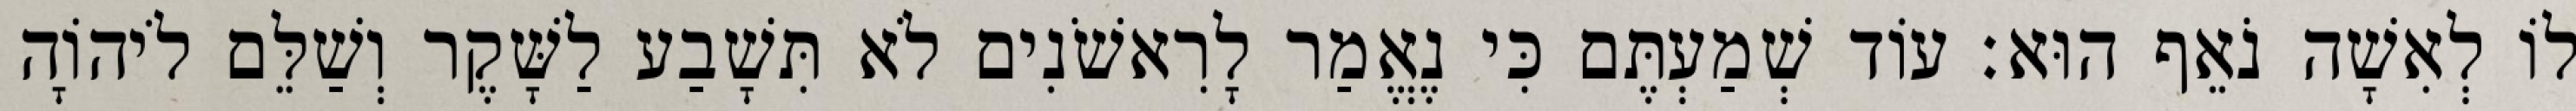
לוֹ לְאִשָׁה נֹאֵף הוּא׃ עוֹד שְׁמַעְתֶּם כִּי נֶאֱמַר לָרִאשֹׁנִים לֹא תִּשָׁבַע לַשָּׁקֶר וְשַׁלֵּם לֹיהוָֹה